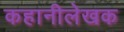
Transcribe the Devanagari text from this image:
कहानीलेखक